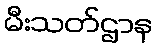
မီးသတ်ဌာန